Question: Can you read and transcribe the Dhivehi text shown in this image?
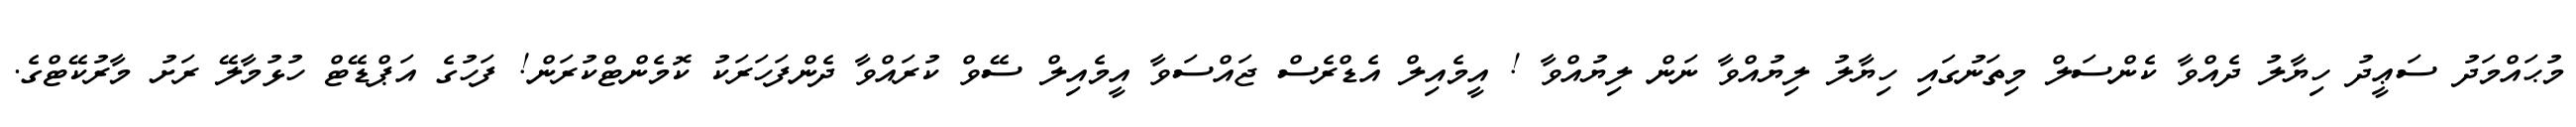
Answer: މުޙައްމަދު ސަޢީދު ހިޔާލު ދެއްވާ ކެންސަލް މިތަނުގައި ހިޔާލު ލިޔުއްވާ ނަން ލިޔުއްވާ ! އީމެއިލް އެޑްރެސް ޖައްސަވާ އީމެއިލް ސޭވް ކުރައްވާ ދެންފަހަރަކު ކޮމެންޓްކުރަން! ފަހުގެ އަޕްޑޭޓް ހުޅުމާލޭ ރަށު މާރުކޭޓްގެ.